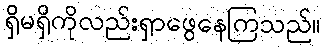
ရှိမရှိကိုလည်းရှာဖွေနေကြသည်။